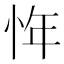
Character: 𰑖